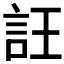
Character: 𧥶